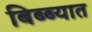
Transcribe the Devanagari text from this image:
बिब्ब्यात